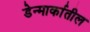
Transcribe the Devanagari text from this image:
डेन्मार्कातील